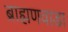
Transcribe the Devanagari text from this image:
ब्राह्मणवाडा